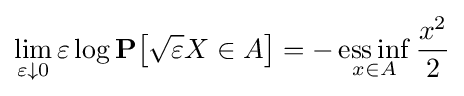
\lim _{\varepsilon \downarrow 0}\varepsilon \log \mathbf {P} {\big [}{\sqrt {\varepsilon }}X\in A{\big ]}=-\mathop {\mathrm {ess\,inf} } _{x\in A}{\frac {x^{2}}{2}}